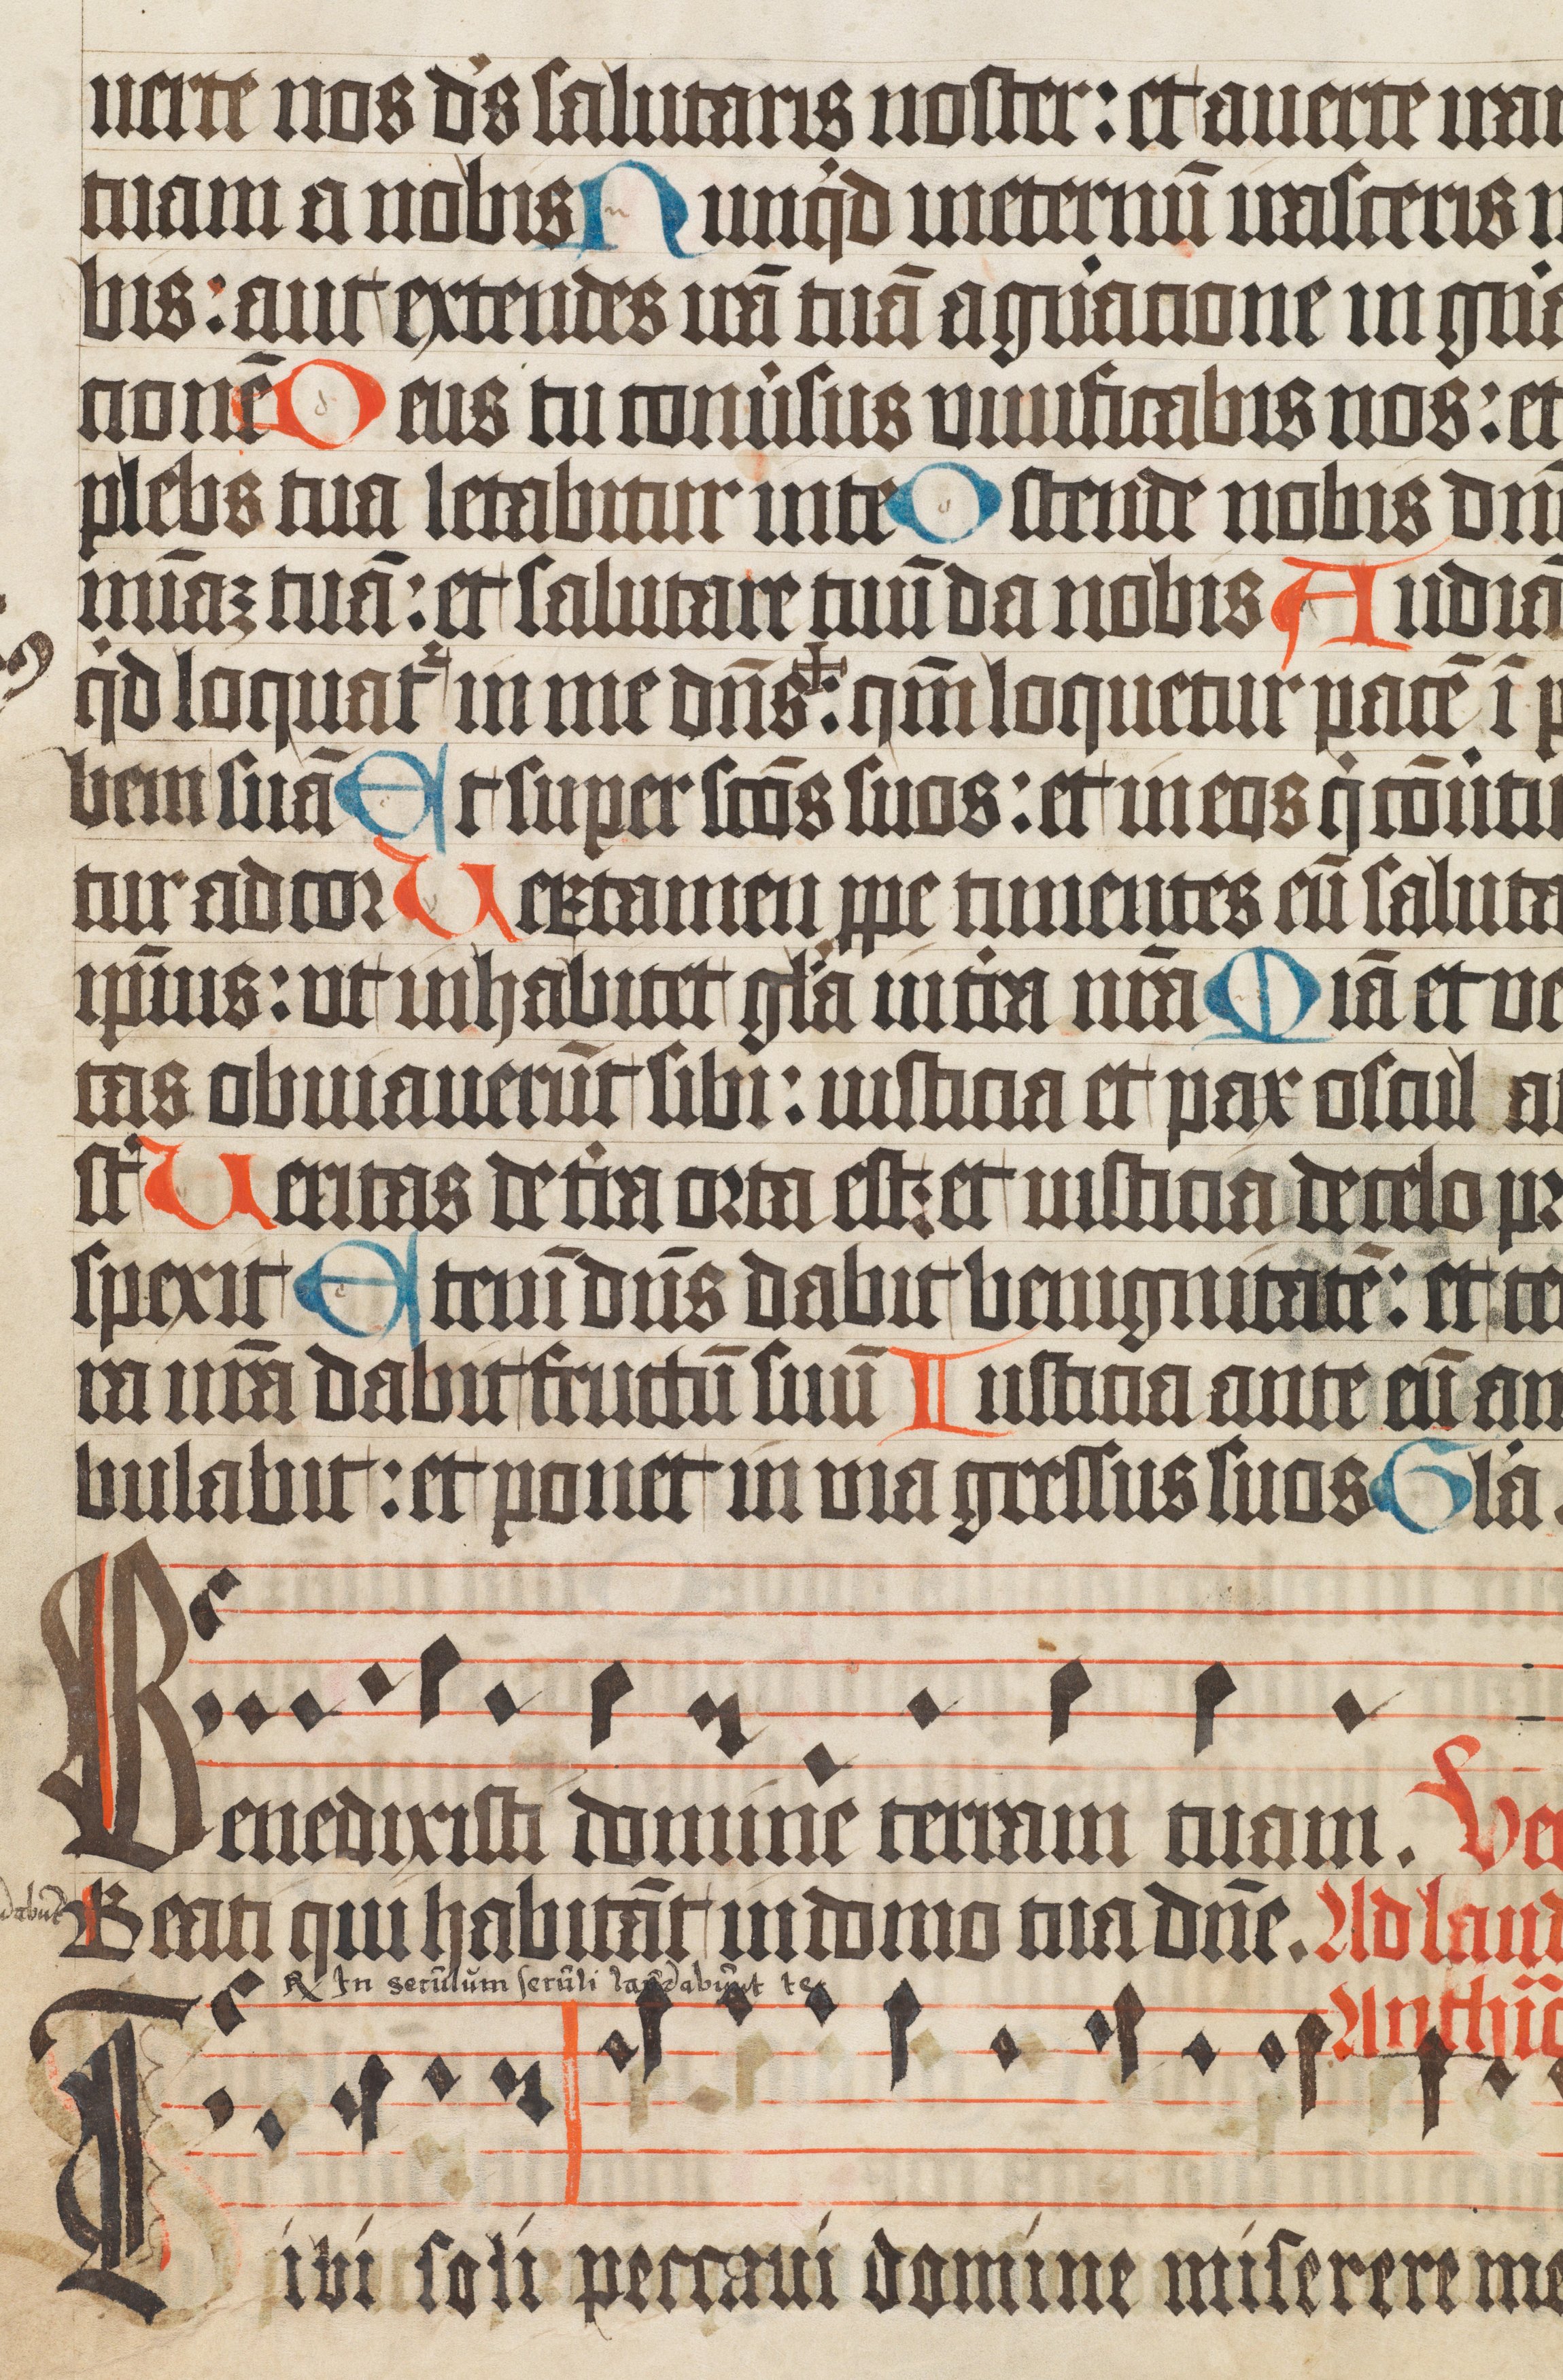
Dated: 1400–1499